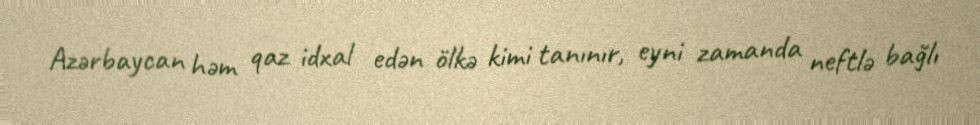
Azərbaycan həm qaz idxal edən ölkə kimi tanınır, eyni zamanda neftlə bağlı